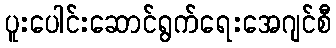
ပူးပေါင်းဆောင်ရွက်ရေးအေဂျင်စီ